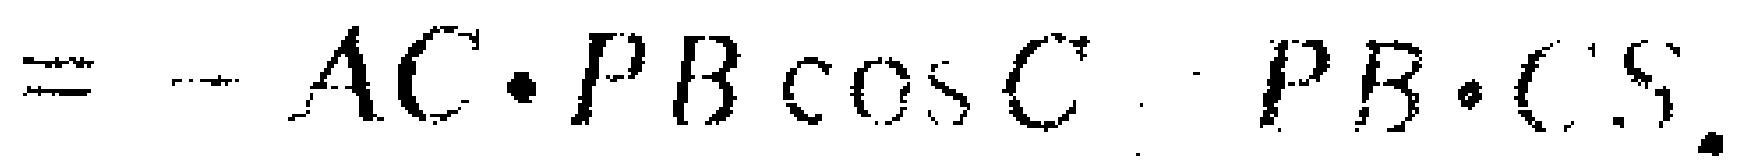
$= - AC\cdot PB\cos C\cdot PB\cdot CS.$